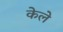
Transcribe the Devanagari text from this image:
केले